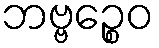
ဘဗ္ဗဉ္စေဝ